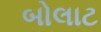
બોલાટ